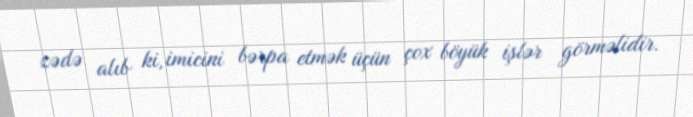
zədə alıb ki, imicini bərpa etmək üçün çox böyük işlər görməlidir.